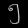
Digit: ၅